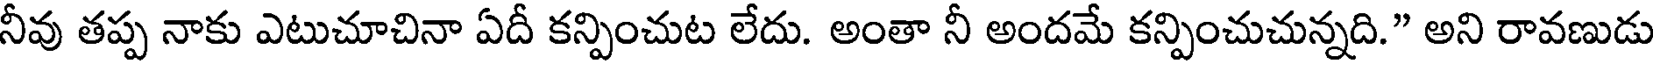
నీవు తప్ప నాకు ఎటుచూచినా ఏదీ కన్పించుట లేదు. అంతా నీ అందమే కన్పించుచున్నది." అని రావణుడు